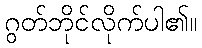
ဂွတ်ဘိုင်လိုက်ပါ၏။